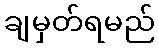
ချမှတ်ရမည်